Report of the Imperial Institute of Veterinary Research, Muktesar
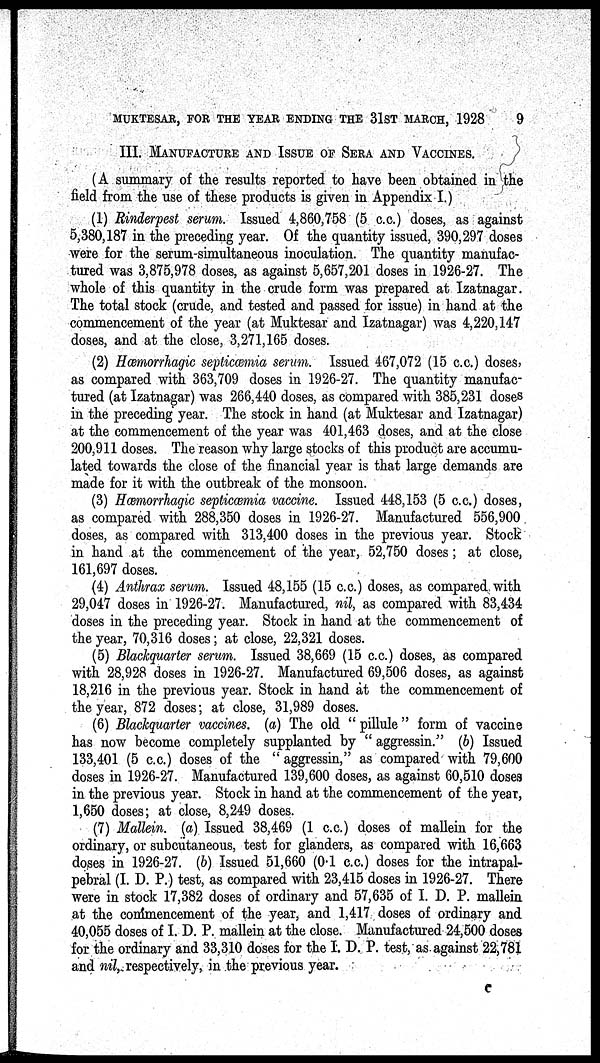
MUKTESAR, FOR THE YEAR ENDING THE 31ST MARCH, 1928
9
III. MANUFACTURE AND ISSUE OF SERA AND VACCINES.
(A summary of the results reported to have been obtained in the
field from the use of these products is given in Appendix I.)
(1) Rinderpest serum. Issued 4,860,758 (5 c.c.) doses, as against
5,380,187 in the preceding year. Of the quantity issued, 390,297 doses
were for the serum-simultaneous inoculation. The quantity manufac-
tured was 3,875,978 doses, as against 5,657,201 doses in 1926-27. The
whole of this quantity in the crude form was prepared at Izatnagar.
The total stock (crude, and tested and passed for issue) in hand at the
commencement of the year (at Muktesar and Izatnagar) was 4,220,147
doses, and at the close, 3,271,165 doses.
(2) Hæmorrhagic septicæmia serum. Issued 467,072 (15 c.c.) doses,
as compared with 363,709 doses in 1926-27. The quantity manufac-
tured (at Izatnagar) was 266,440 doses, as compared with 385,231 doses
in the preceding year. The stock in hand (at Muktesar and Izatnagar)
at the commencement of the year was 401,463 doses, and at the close
200,911 doses. The reason why large stocks of this product are accumu-
lated towards the close of the financial year is that large demands are
made for it with the outbreak of the monsoon.
(3) Hæmorrhagic septicæmia vaccine. Issued 448,153 (5 c.c.) doses,
as compared with 288,350 doses in 1926-27. Manufactured 556,900
doses, as compared with 313,400 doses in the previous year. Stock
in hand at the commencement of the year, 52,750 doses; at close,
161,697 doses.
(4) Anthrax serum. Issued 48,155 (15 c.c.) doses, as compared with
29,047 doses in 1926-27. Manufactured, nil, as compared with 83,434
doses in the preceding year. Stock in hand at the commencement of
the year, 70,316 doses; at close, 22,321 doses.
(5) Blackquarter serum. Issued 38,669 (15 c.c.) doses, as compared
with 28,928 doses in 1926-27. Manufactured 69,506 doses, as against
18,216 in the previous year. Stock in hand at the commencement of
the year, 872 doses; at close, 31,989 doses.
(6) Blackquarter vaccines. (a) The old "pillule" form of vaccine
has now become completely supplanted by "aggressin." (b) Issued
133,401 (5 c.c.) doses of the " aggressin," as compared with 79,600
doses in 1926-27. Manufactured 139,600 doses, as against 60,510 doses
in the previous year. Stock in hand at the commencement of the year,
1,650 doses; at close, 8,249 doses.
(7) Mallein. (a) Issued 38,469 (1 c.c.) doses of mallein for the
ordinary, or subcutaneous, test for glanders, as compared with 16,663
doses in 1926-27. (b) Issued 51,660 (0.1 c.c.) doses for the intrapal-
pebral (I. D. P.) test, as compared with 23,415 doses in 1926-27. There
were in stock 17,382 doses of ordinary and 57,635 of I. D. P. mallein
at the commencement of the year, and 1,417 doses of ordinary and
40,055 doses of I. D. P. mallein at the close. Manufactured 24,500 doses
for the ordinary and 33,310 doses for the I. D. P. test, as against 22,781
and nil, respectively, in the previous year.